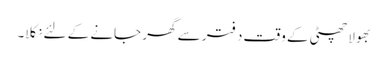
بھولا چھٹی کے وقت دفتر سے گھر جانے کے لئے نکلا۔